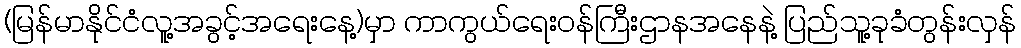
(မြန်မာနိုင်ငံလူ့အခွင့်အရေးနေ့)မှာ ကာကွယ်ရေးဝန်ကြီးဌာနအနေနဲ့ ပြည်သူ့ခုခံတွန်းလှန်